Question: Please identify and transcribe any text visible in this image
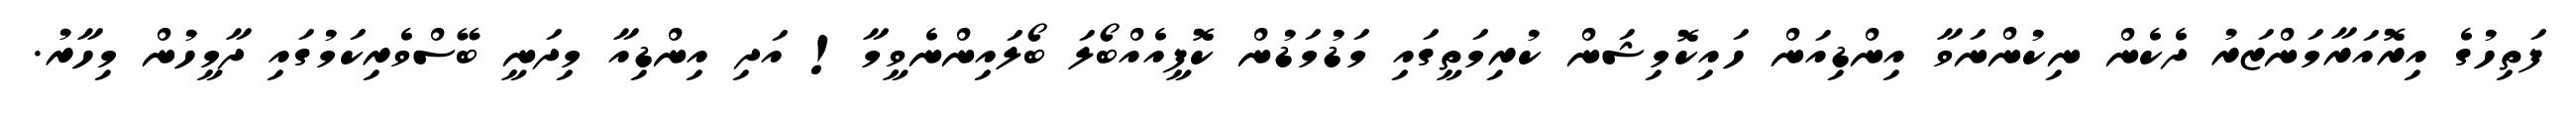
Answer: ފަތިހުގެ އިރޮއަރާމަންޒަރު ދެކެން ނިކުންނަވާ އިންޑިއަން ހައިކޮމިޝަން ކުރިމަތީގައި މަޑުމަޑުން ކޮފީއެއްބޯލަ ބޯލައިންނެވީމާ! އަދި އިންޑިއާ މިދަނީ ބޭސްވެރިކަމުގައި ދާމީހުން މިހާރު.